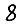
Digit: 8